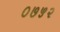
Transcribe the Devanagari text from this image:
०७५२